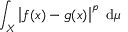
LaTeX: \int _ { X } \left| f ( x ) - g ( x ) \right| ^ { p } ~ \mathrm { d } \mu